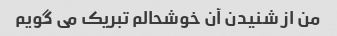
من از شنیدن آن خوشحالم تبریک می گویم